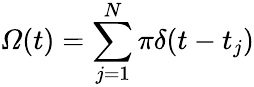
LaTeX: \mathit{\Omega}(t)=\sum_{j=1}^{N}\pi\delta(t-t_{j})